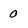
Character: 0